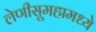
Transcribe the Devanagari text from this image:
लेणीसूमहामध्ये